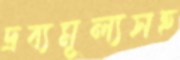
দ্রব্যমূল্যসহ